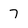
Character: 7